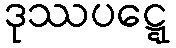
ဒုဿပဋ္ဋေ